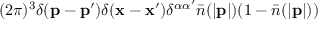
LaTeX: ( 2 \pi ) ^ { 3 } \delta ( { \bf p } - { \bf p } ^ { \prime } ) \delta ( { \bf x } - { \bf x } ^ { \prime } ) \delta ^ { \alpha \alpha ^ { \prime } } \bar { n } ( | { \bf p } | ) ( 1 - \bar { n } ( | { \bf p } | ) )